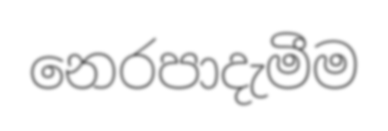
නෙරපාදැමීම